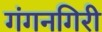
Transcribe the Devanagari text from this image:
गंगनगिरी